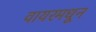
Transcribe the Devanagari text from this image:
वायरमधून